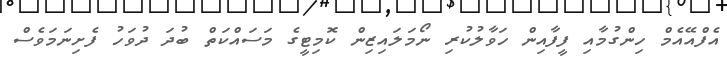
އެފްއޭއެމް ހިންގުމާއި ފީފާއިން ހަވާލުކުރި ނޯމަލައިޒިން ކޮމިޓީގެ މަސައްކަތް ބުދަ ދުވަހު ފެށިނަމަވެސް